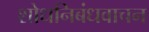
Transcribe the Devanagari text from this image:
शोधनिबंधवाचन